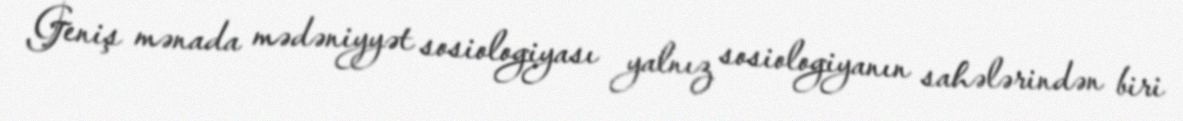
Geniş mənada mədəniyyət sosiologiyası yalnız sosiologiyanın sahələrindən biri